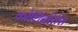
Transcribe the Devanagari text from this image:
कोशिंबीरीस